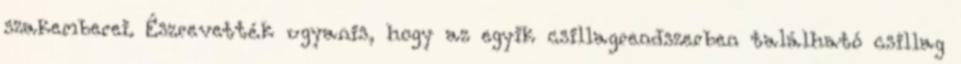
szakemberei. Észrevették ugyanis, hogy az egyik csillagrendszerben található csillag